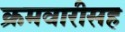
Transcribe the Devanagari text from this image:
क्रमवारीसह